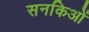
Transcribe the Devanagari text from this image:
सनकिओं